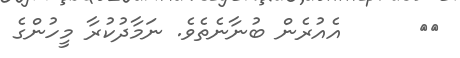
٤٣      އެއުރެން ބުނާނެތެވެ. ނަމާދުކުރާ މީހުންގެ